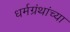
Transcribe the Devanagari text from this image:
धर्मग्रंथांच्या